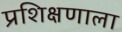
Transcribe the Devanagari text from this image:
प्रशिक्षणाला